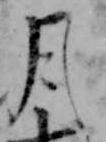
月